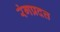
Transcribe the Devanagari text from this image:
रंगप्रदत्त